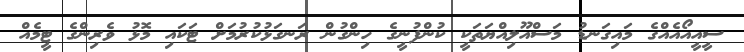
ސީއީއޯއެއްގެ މައިގަނޑު މަސްއޫލިއްޔަތަކީ ކުންފުނީގެ ހިންގުން ރަނގަޅުކުރުމަށް ޓަކައި މޮޅު ވެރިންގެ ޓީމެއް